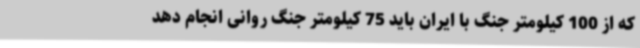
که از 100 کیلومتر جنگ با ایران باید 75 کیلومتر جنگ روانی انجام دهد